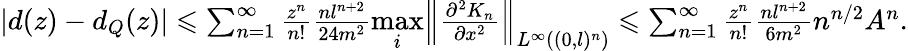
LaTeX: \begin{array}{r}{\left|d(z)-d_{Q}(z)\right|\leqslant\sum_{n=1}^{\infty}\frac{z^{n}}{n!}\frac{nl^{n+2}}{24m^{2}}\underset{i}{\mathrm{max}}\left\| \frac{\partial^{2}K_{n}}{\partial x^{2}}\right\| _{L^{\infty}((0,l)^{n})}\leqslant\sum_{n=1}^{\infty}\frac{z^{n}}{n!}\frac{nl^{n+2}}{6m^{2}}n^{n/2}A^{n}.}\end{array}